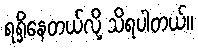
ရရှိနေတယ်လို့ သိရပါတယ်။